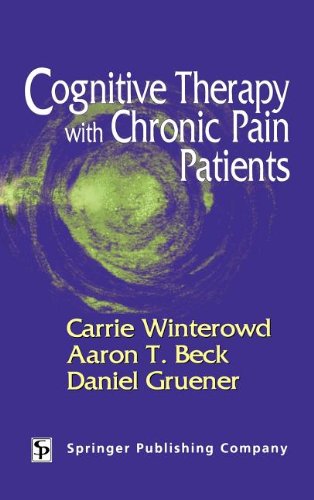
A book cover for Cognitive Therapy with Chronic Pain Patients; Carrie Winterowd PhD; Health, Fitness & Dieting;